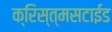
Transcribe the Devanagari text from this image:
क्रिस्त्मसटाईड